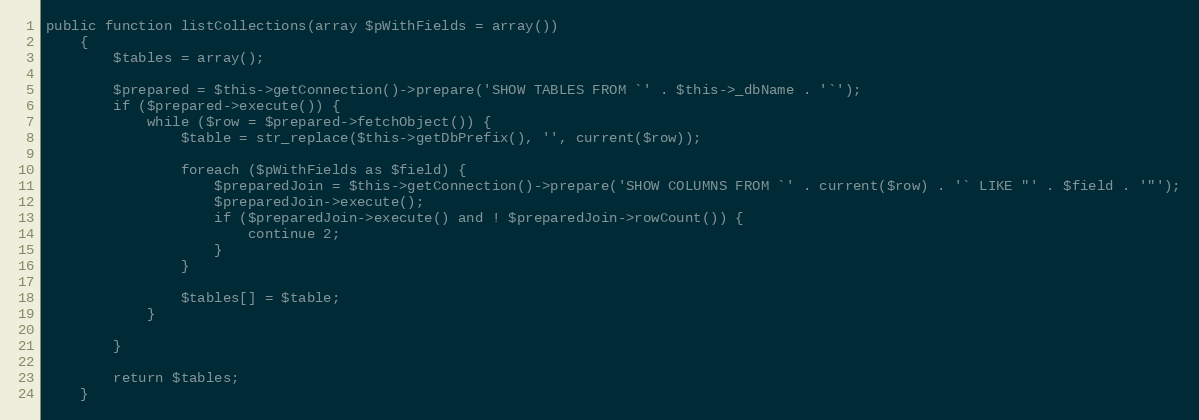
Language: PHP
public function listCollections(array $pWithFields = array())
    {
        $tables = array();

        $prepared = $this->getConnection()->prepare('SHOW TABLES FROM `' . $this->_dbName . '`');
        if ($prepared->execute()) {
            while ($row = $prepared->fetchObject()) {
                $table = str_replace($this->getDbPrefix(), '', current($row));

                foreach ($pWithFields as $field) {
                    $preparedJoin = $this->getConnection()->prepare('SHOW COLUMNS FROM `' . current($row) . '` LIKE "' . $field . '"');
                    $preparedJoin->execute();
                    if ($preparedJoin->execute() and ! $preparedJoin->rowCount()) {
                        continue 2;
                    }
                }

                $tables[] = $table;
            }

        }

        return $tables;
    }